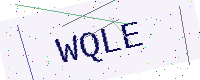
Text: WQLE